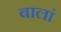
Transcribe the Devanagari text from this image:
बालां